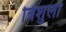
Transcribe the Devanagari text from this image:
त्रिशुली